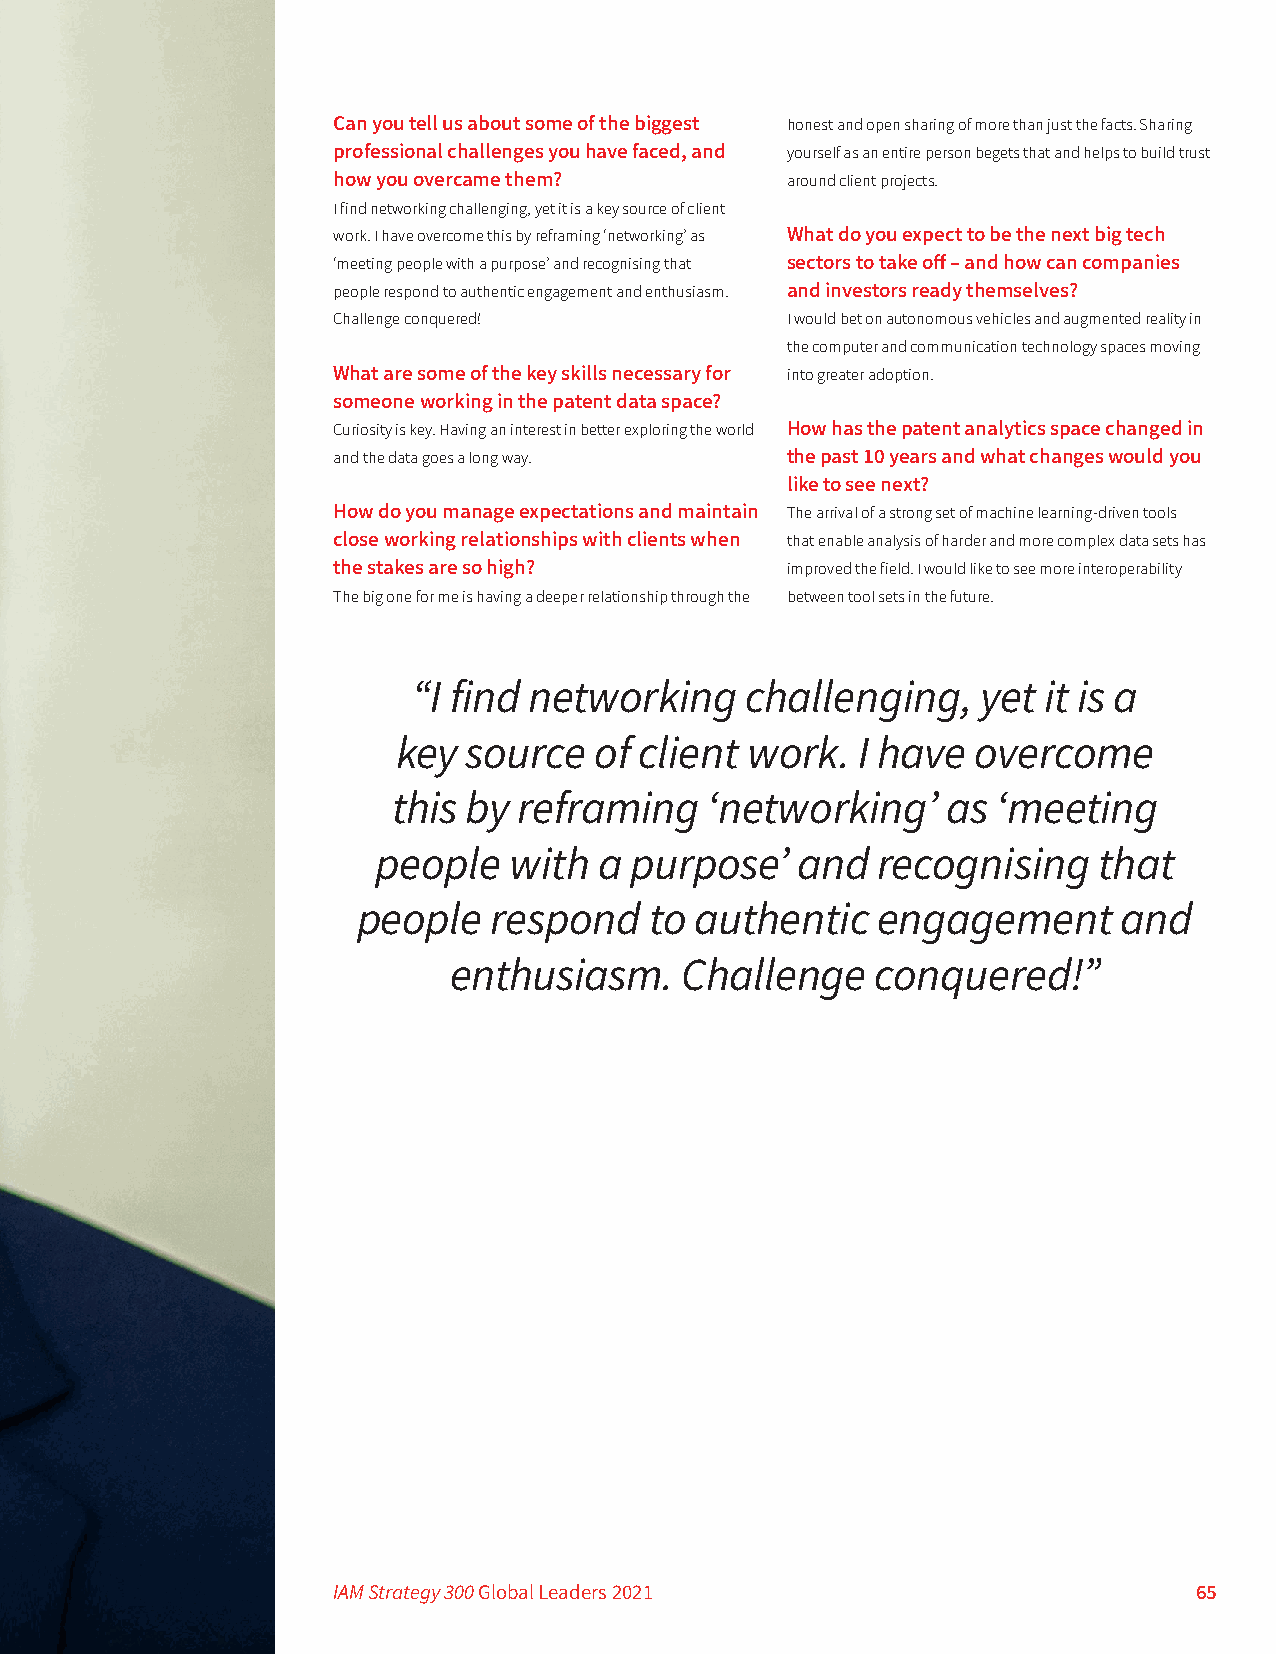
Can you tell us about some of the biggest honest and open sharing of more than just the facts. Sharing
 professional challenges you have faced, and yourself as an entire person begets that and helps to build trust
 how you overcame them?        around client projects.
 I find networking challenging, yet it is a key source of client
 work. I have overcome this by reframing ‘networking’ as What do you expect to be the next big tech
 ‘meeting people with a purpose’ and recognising that sectors to take off – and how can companies
 people respond to authentic engagement and enthusiasm. and investors ready themselves?
 Challenge conquered!          I would bet on autonomous vehicles and augmented reality in
 the computer and communication technology spaces moving
 What are some of the key skills necessary for into greater adoption.
 someone working in the patent data space?
 Curiosity is key. Having an interest in better exploring the world How has the patent analytics space changed in
 and the data goes a long way. the past 10 years and what changes would you
 like to see next?
 How do you manage expectations and maintain The arrival of a strong set of machine learning-driven tools
 close working relationships with clients when that enable analysis of harder and more complex data sets has
 the stakes are so high?       improved the field. I would like to see more interoperability
 The big one for me is having a deeper relationship through the between tool sets in the future.
 “I find networking    challenging,    yet it is a
 key  source  of client work.   I have  overcome
 this by reframing    ‘networking’    as ‘meeting
 people   with  a purpose’   and  recognising    that
 people  respond    to authentic   engagement      and
 enthusiasm.    Challenge    conquered!”
 IAM Strategy 300 Global Leaders 2021                     65